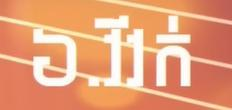
៦.វីវក់